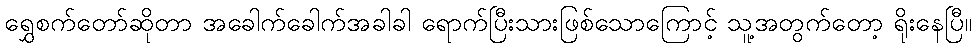
ရွှေစက်တော်ဆိုတာ အခေါက်ခေါက်အခါခါ ရောက်ပြီးသားဖြစ်သောကြောင့် သူ့အတွက်တော့ ရိုးနေပြီ။